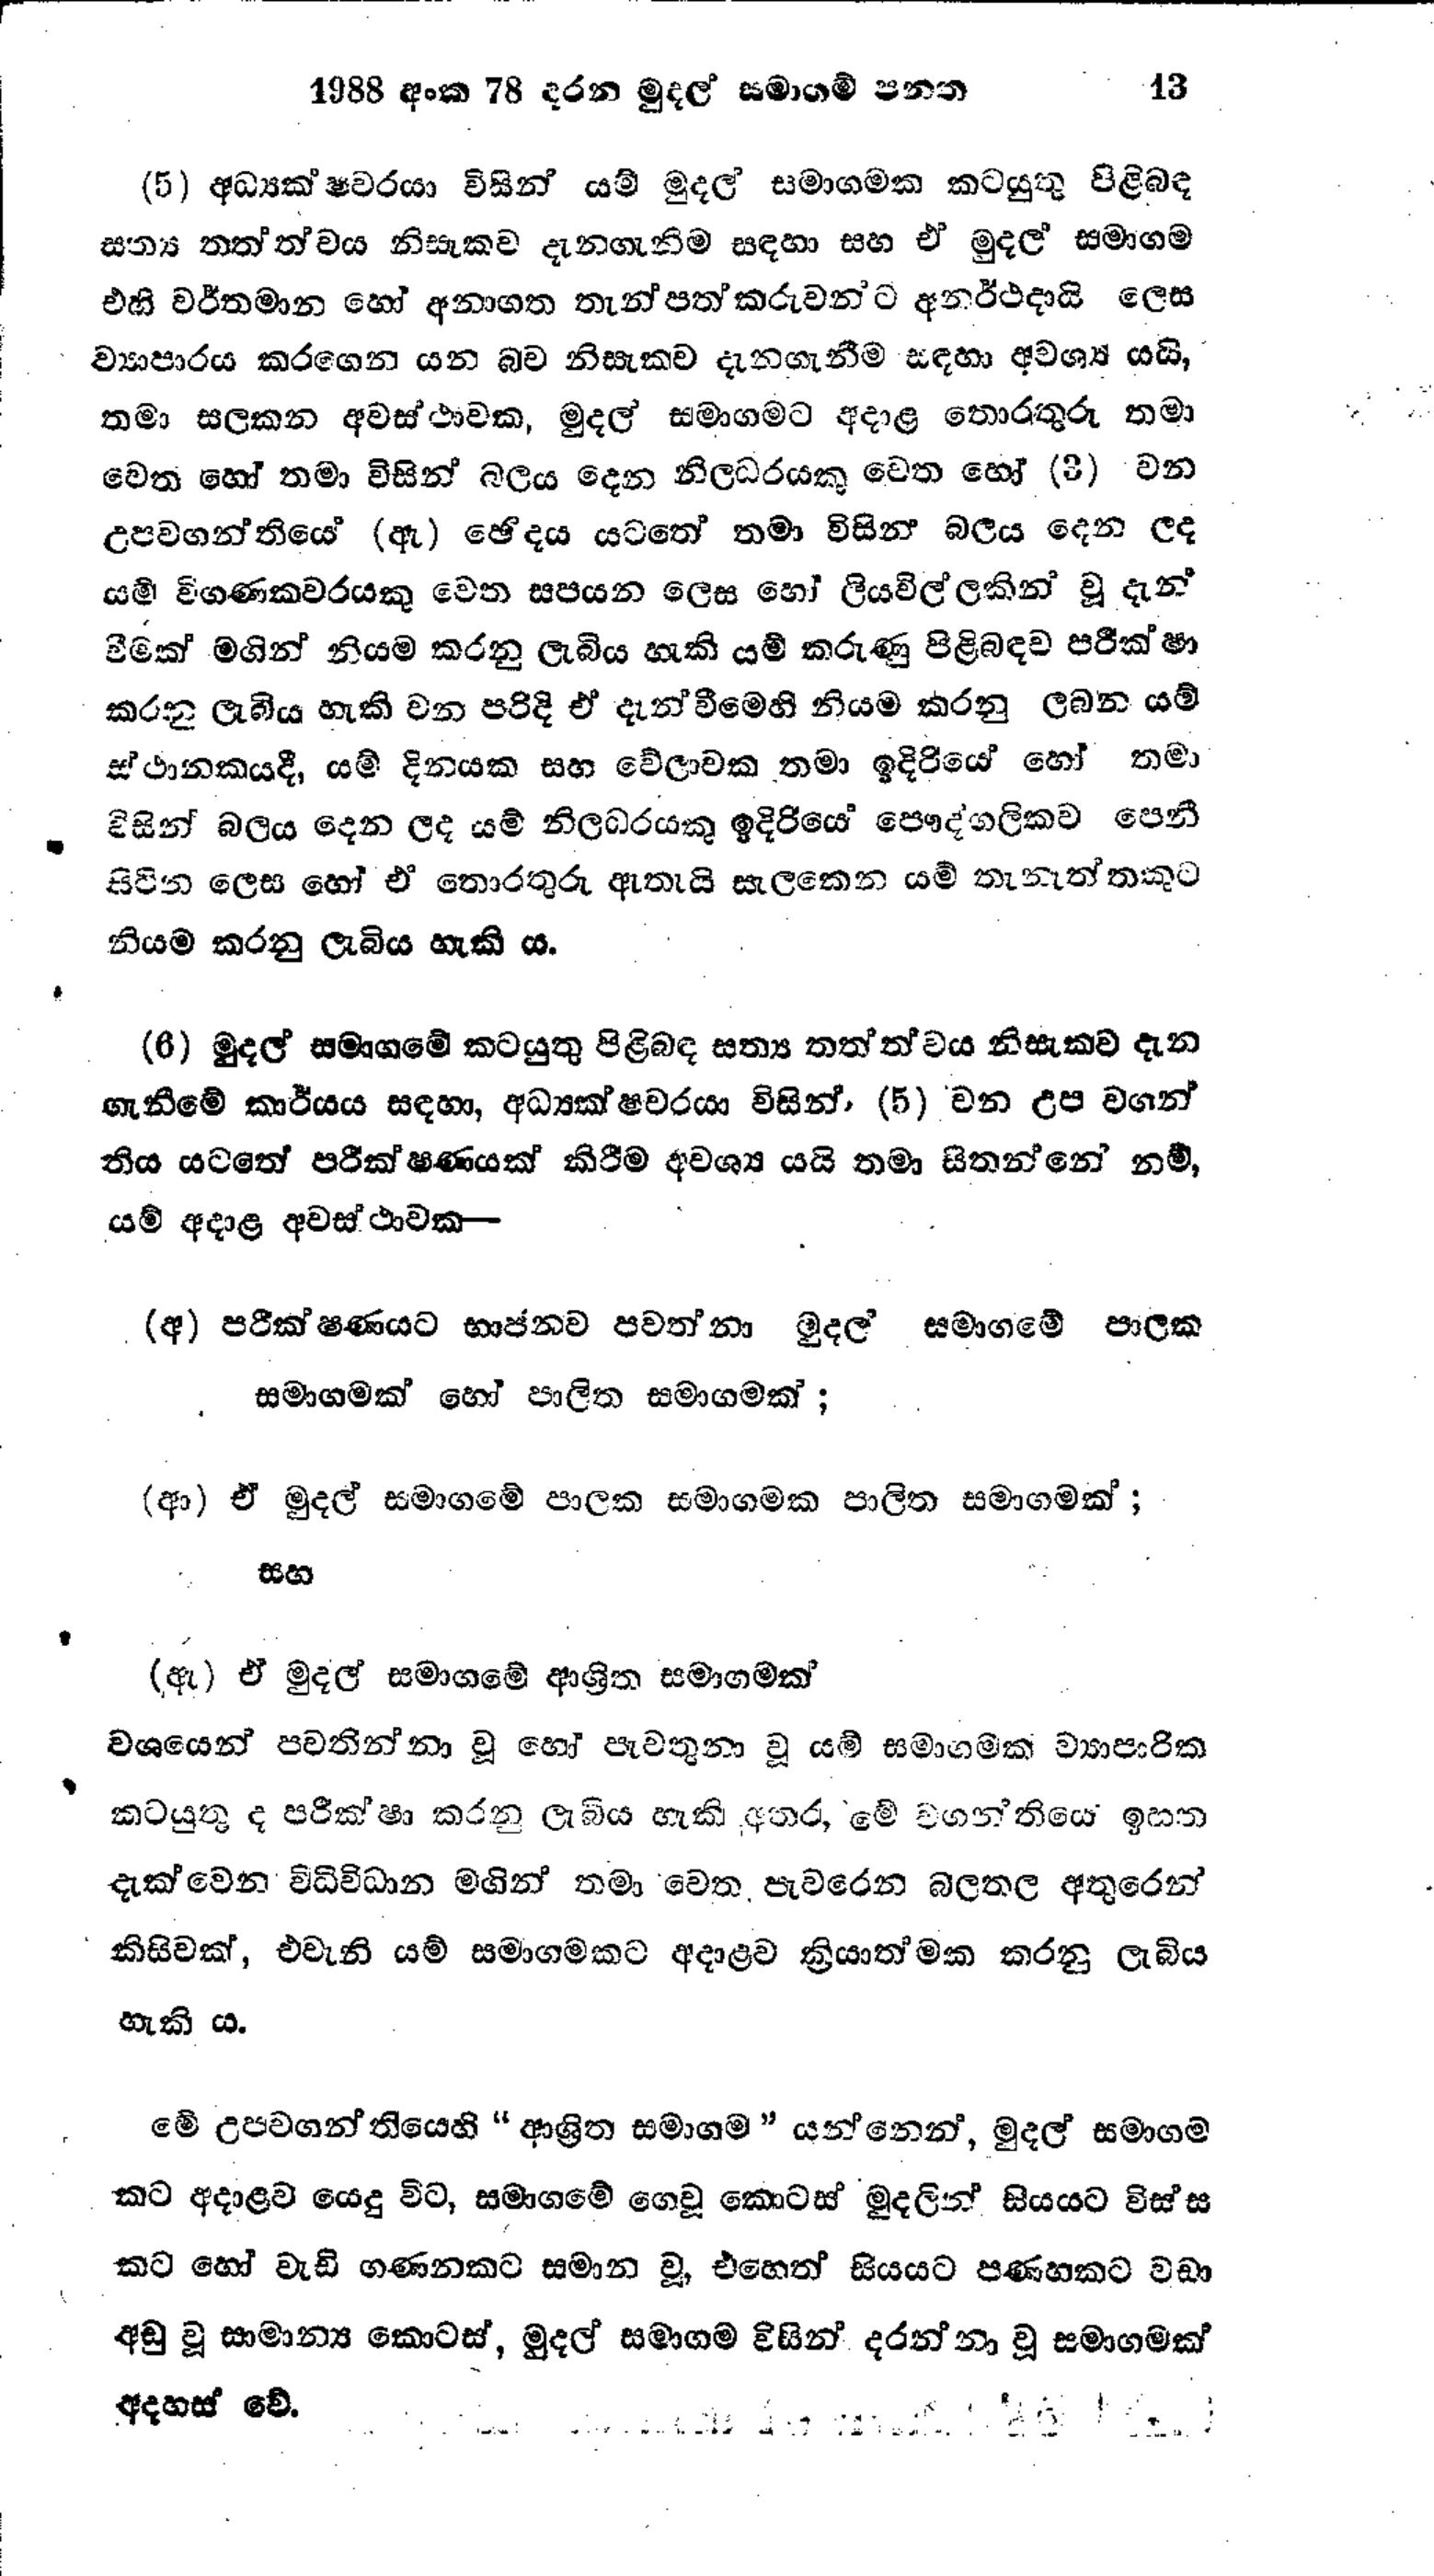
1988 අංක 78 දරන මුදල් සමාගම් පනත 13

(5) අධ්‍යක්ෂවරයා විසින් යම් මුදල් සමාගමක කටයුතු පිළිබඳ
සත්‍ය තත්ත්වය නිසැකව දැනගැනීම සඳහා සහ ඒ මුදල් සමාගම
එහි වර්තමාන හෝ අනාගත තැන්පත්කරුවන්ට අනර්ථදායි ලෙස
ව්‍යාපාරය කරගෙන යන බව නිසැකව දැන ගැනීම සඳහා අවශ්‍ය යයි,
තමා සලකන අවස්ථාවක, මුදල් සමාගමට අදාළ තොරතුරු තමා
වෙත හෝ තමා විසින් බලය දෙන නිලධරයකු වෙත හෝ (3) වන
උපවගන්තියේ (ඇ) ඡේදය යටතේ තමා විසින් බලය දෙන ලද
යම් විගණකවරයකු වෙත සපයන ලෙස හෝ ලියවිල්ලකින් වූ දැන්
වීමක් මගින් නියම කරනු ලැබිය හැකි යම් කරුණු පිළිබඳව පරීක්ෂා
කරනු ලැබිය හැකි වන පරිදි ඒ දැන්වීමෙහි නියම කරනු ලබන යම්
ස්ථානකයදී, යම් දිනයක සහ වේලාවක තමා ඉදිරියේ හෝ තමා
විසින් බලය දෙන ලද යම් නිලධරයකු ඉදිරියේ පෞද්ගලිකව පෙනී
සිටින ලෙස හෝ ඒ තොරතුරු ඇතැයි සැලකෙන යම් තැනැත්තකුට
නියම කරනු ලැබිය හැකි ය.

(6) මුදල් සමාගමේ කටයුතු පිළිබඳ සත්‍ය තත්ත්වය නිසැකව දැන
ගැනීමේ කාර්යය සඳහා, අධ්‍යක්ෂවරයා විසින්, (5) වන උප වගන්
තිය යටතේ පරික්ෂණයක් කිරීම අවශ්‍ය යයි තමා සිතන්නේ නම්,
යම් අදාළ අවස්ථාවක -

(අ) පරීක්ෂණයට භාජනව පවත්නා මුදල සමාගමේ පාලක
සමාගමක් හෝ පාලිත සමාගමක්;

(ආ) ඒ මුදල් සමාගමේ පාලක සමාගමක පාලිත සමාගමක්;

සහ

(ඇ) ඒ මුදල් සමාගමේ ආශ්‍රිත සමාගමක්

වශයෙන් පවතින්නා වූ හෝ පැවතුනා වූ යම් සමාගමක ව්‍යාපාරික
කටයුතු ද පරික්ෂා කරනු ලැබිය හැකි අතර, මේ වගන්තියේ ඉහත
දැක්වෙන විධිවිධාන මගින් තමා වෙත පැවරෙන බලතල අතුරෙන්
කිසිවක්, එවැනි යම් සමාගමකට අදාළව ක්‍රියාත්මක කරනු ලැබිය
හැකි ය.

මේ උපවගන්තියෙහි "ආශ්‍රිත සමාගම " යන්නෙන්, මුදල් සමාගම
කට අදාළව යෙදු විට, සමාගමේ ගෙවූ කොටස් මුදලින් සියයට විස්ස
කට හෝ වැඩි ගණනකට සමාන වූ, එහෙත් සියයට පණහකට වඩා
අඩු වූ සාමාන්‍ය කොටස්, මුදල් සමාගම විසින් දරන්නා වූ සමාගමක්
අදහස් වේ.